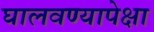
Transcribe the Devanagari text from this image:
घालवण्यापेक्षा